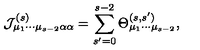
{ \cal J } _ { \mu _ { 1 } \cdots \mu _ { s - 2 } \alpha \alpha } ^ { ( s ) } = \sum _ { s ^ { \prime } = 0 } ^ { s - 2 } \Theta _ { \mu _ { 1 } \cdots \mu _ { s - 2 } } ^ { ( s , s ^ { \prime } ) } ,